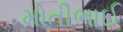
મોતીભાઈ